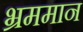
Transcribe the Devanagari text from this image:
भ्रममान